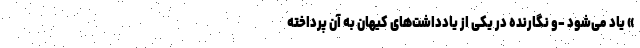
» یاد می‌شود -و نگارنده در یکی از یادداشت‌های کیهان به آن پرداخته